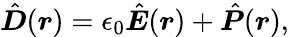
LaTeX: \hat{\boldsymbol D}(\boldsymbol r)=\epsilon_{0}\hat{\boldsymbol E}(\boldsymbol r)+\hat{\boldsymbol P}(\boldsymbol r),